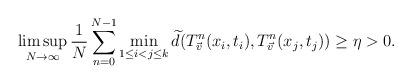
LaTeX: \begin{align*}\limsup_{N\to\infty}\frac{1}{N}\sum_{n=0}^{N-1}\min_{1\leq i<j\leq k} \widetilde{d}(T_{\vec{v}}^n(x_i,t_i),T_{\vec{v}}^n(x_j,t_j))\geq \eta>0.\end{align*}